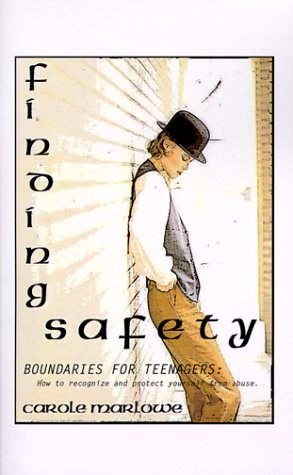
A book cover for Finding Safety: Boundaries for Teenagers: How to Recognize and Protect Yourself from Abuse; Carole Marlowe; Teen & Young Adult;